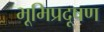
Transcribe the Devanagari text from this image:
भूमिप्रदूषण